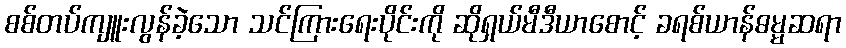
စစ်တပ်ကျူးလွန်ခဲ့သော သင်ကြားရေးပိုင်းကို ဆိုရှယ်မီဒီယာစောင့် ခရစ်ယာန်ဓမ္မဆရာ